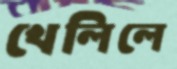
খেলিলে